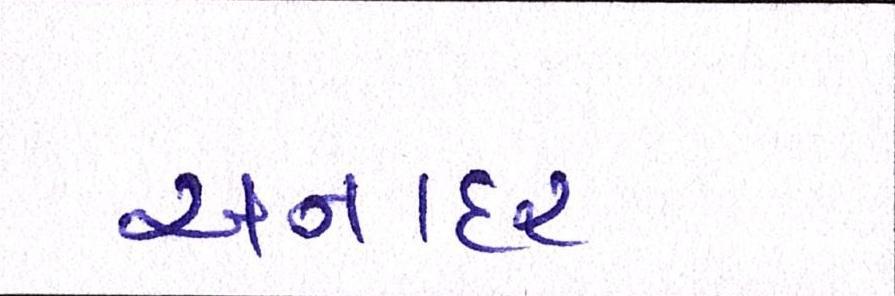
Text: અનાદર